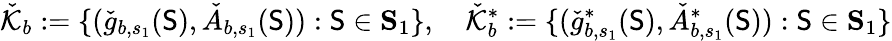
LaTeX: \check{\mathcal{K}}_{b}:=\{ (\check{g}_{b,s_{1}}(\mathsf{S}),\check{A}_{b,s_{1}}(\mathsf{S})):\mathsf{S}\in\mathbf{S}_{1}\} ,\quad\check{\mathcal{K}}_{b}^{*}:=\{ (\check{g}_{b,s_{1}}^{*}(\mathsf{S}),\check{A}_{b,s_{1}}^{*}(\mathsf{S})):\mathsf{S}\in\mathbf{S}_{1}\}